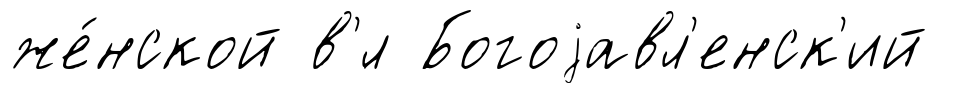
же́нской в'́л Богоjавл'енск'ий